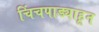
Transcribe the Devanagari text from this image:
चिंचपाड्याहून